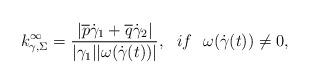
LaTeX: \begin{align*}k_{\gamma,\Sigma}^{\infty}=\frac{|\overline{p}\dot{\gamma}_1+\overline{q}\dot{\gamma}_2|}{|\gamma_1||\omega(\dot{\gamma}(t))|},~~if ~~\omega(\dot{\gamma}(t))\neq 0,\end{align*}